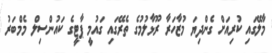
މާލޭގައި ކުރިއަށް ގެންދިޔަ މުޒާހަރާ ރޫޅާލުމުގެ ތެރޭގައި ގައުމީ ޕާޓީގެ ކައުންސިލް މެމްބަރު